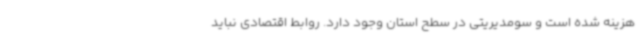
هزینه شده است و سومدیریتی در سطح استان وجود دارد. روابط اقتصادی نباید